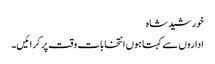
خورشید شاہ
اداروں سے کہتا ہوں انتخابات وقت پر کرائیں۔